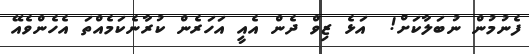
ފެނުމުން ނުބަލާކަށް!  އަޅެ ޒިވް ދެން އެއީ އަހަރެން ކުރާނެކަމެއްތަ އެހެންވެއޭ